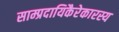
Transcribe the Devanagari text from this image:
साम्प्रदायिकैरेकारस्य